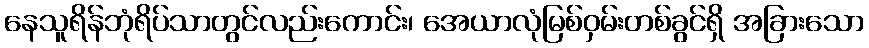
နေသူရိန်ဘုံရိပ်သာတွင်လည်းကောင်း၊ အေယာလုံမြစ်ဝှမ်းတစ်ခွင်ရှိ အခြားသော